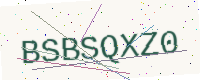
Text: BSBSQXZ0